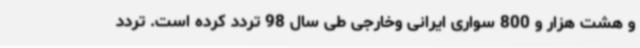
و هشت هزار و 800 سواری ایرانی وخارجی طی سال 98 تردد کرده است. تردد